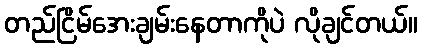
တည်ငြိမ်အေးချမ်းနေတာကိုပဲ လိုချင်တယ်။